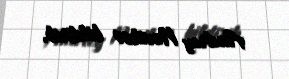
Andrey Novikov bildirib.